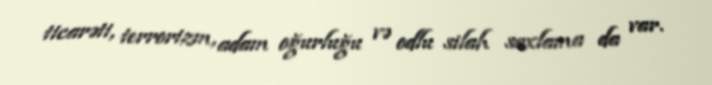
ticarəti, terrorizm, adam oğurluğu və odlu silah saxlama da var.